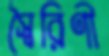
স্বৈরিণী